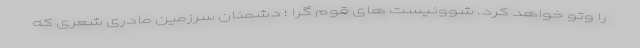
را وتو خواهد کرد. شوونیست های قوم گرا ؛ دشمنان سرزمین مادری شعری که